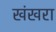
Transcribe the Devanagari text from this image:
खंखरा